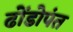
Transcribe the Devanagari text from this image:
ढोंडोपंत